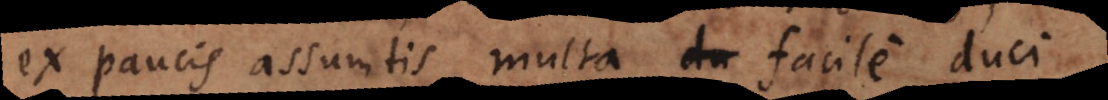
ex paucis assumtis multa du facile duci